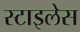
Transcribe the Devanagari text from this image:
स्टाइलेस